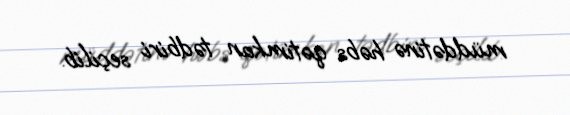
müddətinə həbs qətimkan tədbiri seçilib.